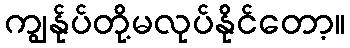
ကျွန်ုပ်တို့မလုပ်နိုင်တော့။